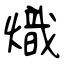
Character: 熾